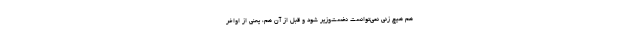
هم هیچ زنی نمی‌توانست نخست‌وزیر شود و قبل از آن هم، یعنی از اواخر